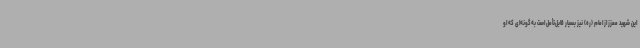
این شهید معزز از امام (ره) نیز بسیار قابل‌تأمل است به‌گونه‌ای که او